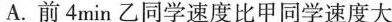
A.前4min乙同学速度比甲同学速度大